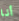
أنا